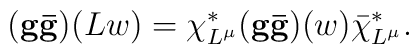
({\bf g\bar{g}})(L w) = \chi^*_{L^\mu}({\bf g\bar{g}})(w) \bar{\chi}^*_{L^\mu}.